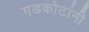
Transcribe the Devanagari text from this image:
गडकोटांनी